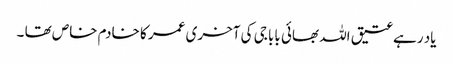
یاد رہے عتیق اللہ بھائی بابا جی کی آخری عمر کا خادم خاص تھا ۔